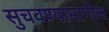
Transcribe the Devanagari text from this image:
सुचवण्यामागील